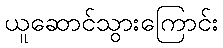
ယူဆောင်သွားကြောင်း